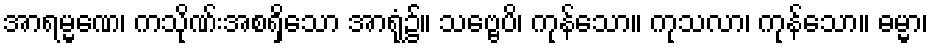
အာရမ္မဏေ၊ ကသိုဏ်းအစရှိသော အာရုံ၌။ သဗ္ဗေပိ၊ ကုန်သော။ ကုသလာ၊ ကုန်သော။ ဓမ္မာ၊